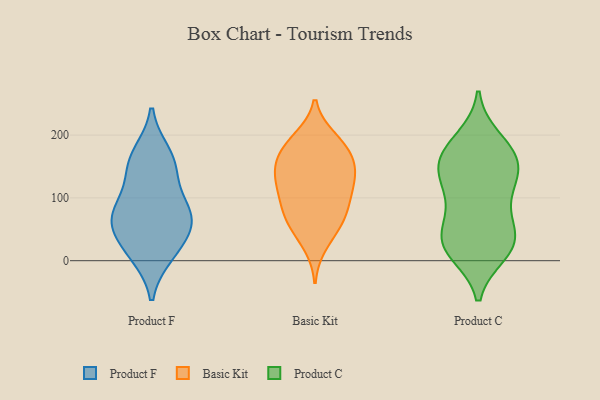
{"axis": {"x": "Headcount", "y": "Value"}, "legend": ["Basic Kit", "Product C", "Product F"], "data": [{"x": "", "y": 46, "type": "Product F"}, {"x": "", "y": 18, "type": "Product F"}, {"x": "", "y": 85, "type": "Product F"}, {"x": "", "y": 152, "type": "Product F"}, {"x": "", "y": 169, "type": "Product F"}, {"x": "", "y": 11, "type": "Product F"}, {"x": "", "y": 67, "type": "Product F"}, {"x": "", "y": 70, "type": "Product F"}, {"x": "", "y": 145, "type": "Product F"}, {"x": "", "y": 78, "type": "Product F"}, {"x": "", "y": 54, "type": "Basic Kit"}, {"x": "", "y": 165, "type": "Basic Kit"}, {"x": "", "y": 82, "type": "Basic Kit"}, {"x": "", "y": 181, "type": "Basic Kit"}, {"x": "", "y": 65, "type": "Basic Kit"}, {"x": "", "y": 153, "type": "Basic Kit"}, {"x": "", "y": 92, "type": "Basic Kit"}, {"x": "", "y": 142, "type": "Basic Kit"}, {"x": "", "y": 124, "type": "Basic Kit"}, {"x": "", "y": 195, "type": "Basic Kit"}, {"x": "", "y": 170, "type": "Basic Kit"}, {"x": "", "y": 192, "type": "Basic Kit"}, {"x": "", "y": 115, "type": "Basic Kit"}, {"x": "", "y": 129, "type": "Basic Kit"}, {"x": "", "y": 139, "type": "Basic Kit"}, {"x": "", "y": 95, "type": "Basic Kit"}, {"x": "", "y": 25, "type": "Basic Kit"}, {"x": "", "y": 58, "type": "Basic Kit"}, {"x": "", "y": 38, "type": "Product C"}, {"x": "", "y": 70, "type": "Product C"}, {"x": "", "y": 153, "type": "Product C"}, {"x": "", "y": 151, "type": "Product C"}, {"x": "", "y": 194, "type": "Product C"}, {"x": "", "y": 12, "type": "Product C"}, {"x": "", "y": 138, "type": "Product C"}, {"x": "", "y": 131, "type": "Product C"}, {"x": "", "y": 31, "type": "Product C"}, {"x": "", "y": 22, "type": "Product C"}, {"x": "", "y": 176, "type": "Product C"}, {"x": "", "y": 166, "type": "Product C"}, {"x": "", "y": 183, "type": "Product C"}, {"x": "", "y": 94, "type": "Product C"}, {"x": "", "y": 12, "type": "Product C"}, {"x": "", "y": 32, "type": "Product C"}, {"x": "", "y": 135, "type": "Product C"}, {"x": "", "y": 44, "type": "Product C"}, {"x": "", "y": 100, "type": "Product C"}]}